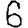
Digit: 6